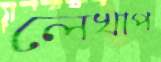
লেখাপ